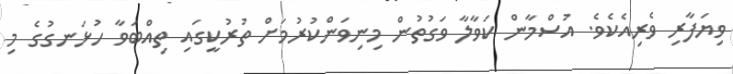
ވިޔަފާރި ވެރިއެކެވެ. އުސްމާން ކަވާލާ ވަގުތުން މިނިވަންކުރުމަށް ތުރުކީގައި ތިއްބަވާ ހުޅަނގުގެ މި